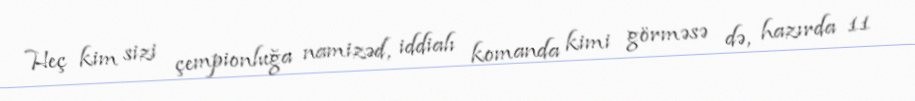
Heç kim sizi çempionluğa namizəd, iddialı komanda kimi görməsə də, hazırda 11